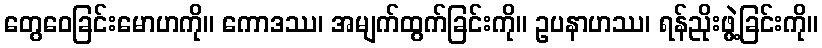
တွေဝေခြင်းမောဟကို။ ကောဒဿ၊ အမျက်ထွက်ခြင်းကို။ ဥပနာဟဿ၊ ရန်ညိုးဖွဲ့ခြင်းကို။